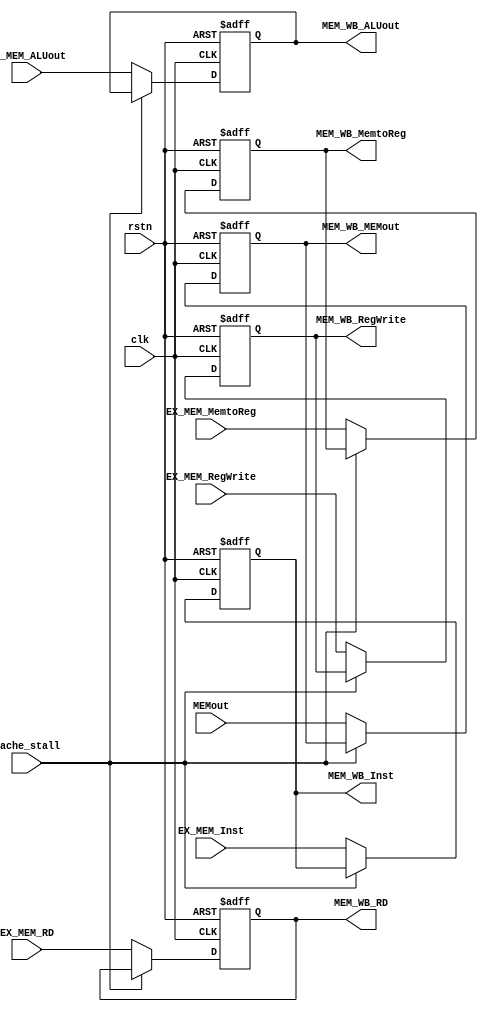
module MEM_WB(
    input EX_MEM_MemtoReg,
    input EX_MEM_RegWrite,
    input [31:0] EX_MEM_ALUout,
    input [31:0] MEMout,
    input [4:0] EX_MEM_RD,
    input [31:0] EX_MEM_Inst,
    input clk,
    input rstn,
    input cache_stall,
    output reg MEM_WB_MemtoReg,
    output reg MEM_WB_RegWrite,
    output reg [31:0] MEM_WB_ALUout,
    output reg [31:0] MEM_WB_MEMout,
    output reg [4:0] MEM_WB_RD,
    output reg [31:0] MEM_WB_Inst
    );

    always @(posedge clk or negedge rstn) begin
        if(!rstn) begin
            MEM_WB_MemtoReg <= 1'b0;
            MEM_WB_RegWrite <= 1'b0;
            MEM_WB_ALUout <= 32'b0;
            MEM_WB_MEMout <= 32'b0;
            MEM_WB_RD <= 5'b0;
            MEM_WB_Inst <= 32'b0;
        end 
        else if(cache_stall) begin
            MEM_WB_MemtoReg <= MEM_WB_MemtoReg;
            MEM_WB_RegWrite <= MEM_WB_RegWrite;
            MEM_WB_ALUout <= MEM_WB_ALUout;
            MEM_WB_MEMout <= MEM_WB_MEMout;
            MEM_WB_RD <= MEM_WB_RD;
            MEM_WB_Inst <= MEM_WB_Inst;
        end
        else begin
            MEM_WB_MemtoReg <= EX_MEM_MemtoReg;
            MEM_WB_RegWrite <= EX_MEM_RegWrite;
            MEM_WB_ALUout <= EX_MEM_ALUout;
            MEM_WB_MEMout <= MEMout;
            MEM_WB_RD <= EX_MEM_RD;
            MEM_WB_Inst <= EX_MEM_Inst;
        end
    end
endmodule